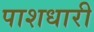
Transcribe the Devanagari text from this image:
पाशधारी